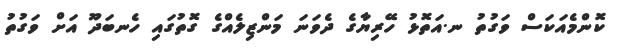
ކޮންމެއަކަސް ވަގުތު ނ.އަތޮޅު ހޭރިޔާގެ ދެވަނަ މަންޒިލެއްގެ ގޮތުގައި ހެނބަދޫ އަށް ވަގުތު